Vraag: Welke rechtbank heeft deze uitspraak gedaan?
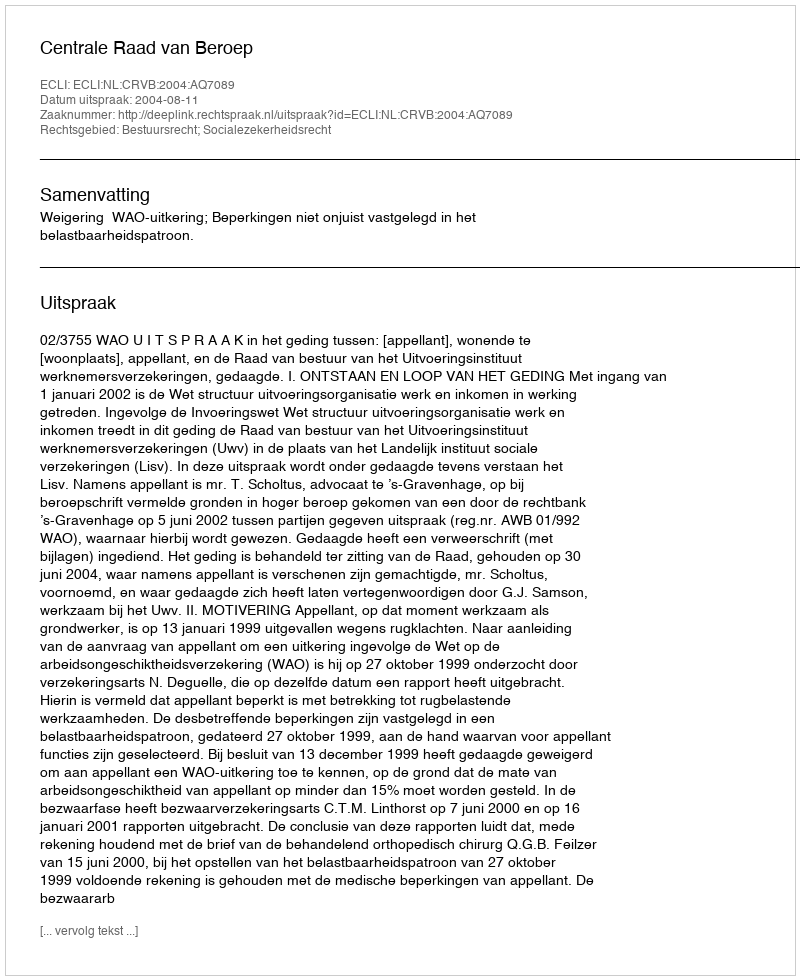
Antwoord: Centrale Raad van Beroep